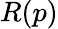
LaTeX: R(p)